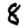
Digit: 8